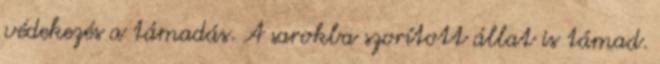
védekezés a támadás. A sarokba szorított állat is támad.